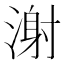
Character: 㴬